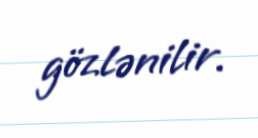
gözlənilir.